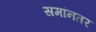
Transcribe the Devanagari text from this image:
समांनतर